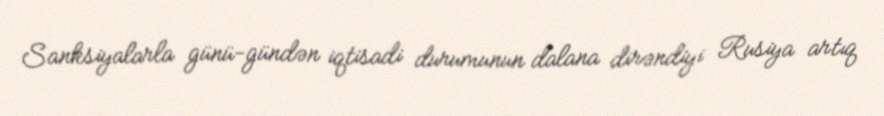
Sanksiyalarla günü-gündən iqtisadi durumunun dalana dirəndiyi Rusiya artıq